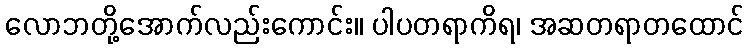
လောဘတို့အောက်လည်းကောင်း။ ပါပတရာကိရ၊ အဆတရာတထောင်